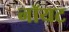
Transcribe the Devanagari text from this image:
नॉयट